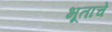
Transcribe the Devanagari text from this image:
भूताचे